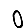
Digit: 0